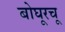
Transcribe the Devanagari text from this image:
बोघूरचू